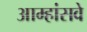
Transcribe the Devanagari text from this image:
आम्हांसवे